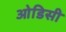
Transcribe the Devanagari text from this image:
आेडिसी